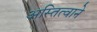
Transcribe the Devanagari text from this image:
अस्तित्वाने